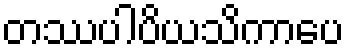
တဿပါပိယသိကာပေ